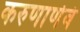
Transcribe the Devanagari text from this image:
करुणार्णवं